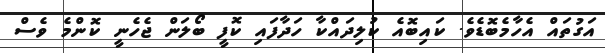
އަގުތައް އެހާމެބޮޑެވެ. ކައިބޮއެ ކުލިދައްކާ ހަދާފައި ކޮފީ ބޯލަން ޖެހެނީ ކޮންމެ ވެސް